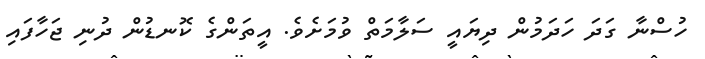
ހުސްނާ ގަދަ ހަދަމުން ދިޔައީ ސަލާމަތް ވުމަށެވެ. އީތަންގެ ކޮނޑުން ދުނި ޖަހާފައި